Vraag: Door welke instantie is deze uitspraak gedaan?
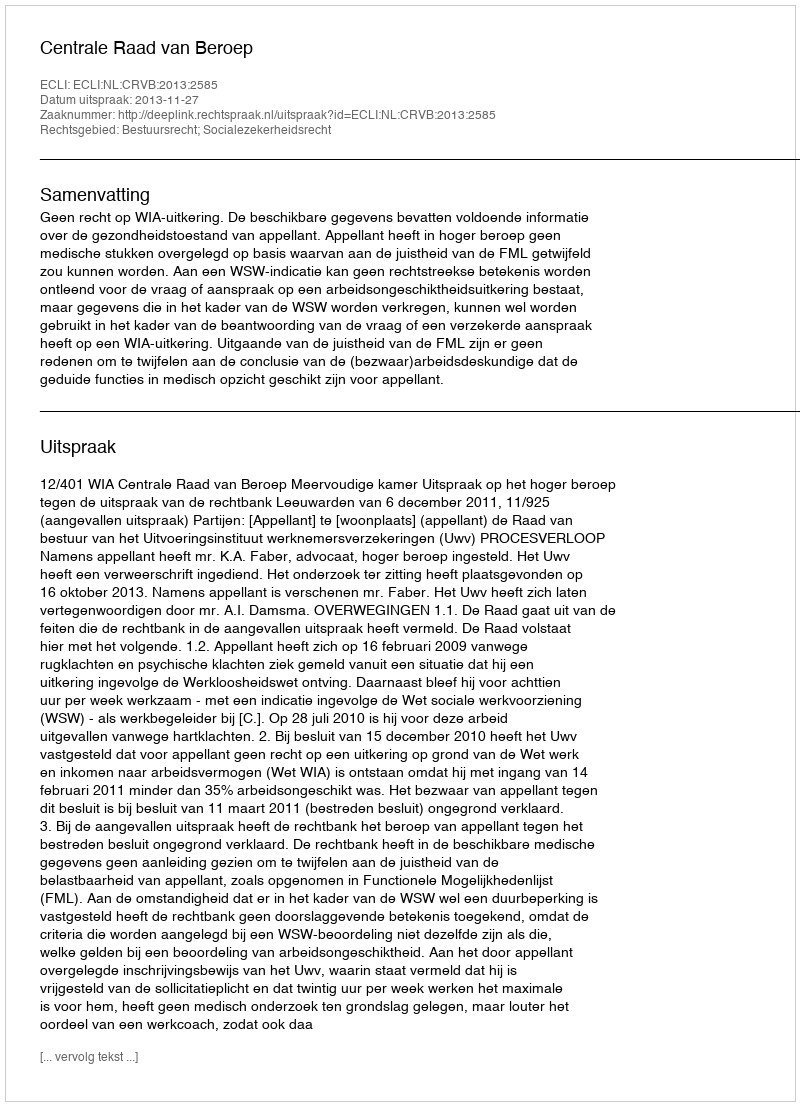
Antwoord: Centrale Raad van Beroep